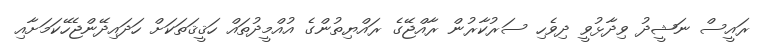
ރައީސް ނަޝީދު ވިދާޅުވީ ދިވެހި ސަރުކާރުން ރާއްޖޭގެ ރައްޔިތުންގެ އުއްމީދުތައް ހަޤީޤަތަކަށް ހަދައިދޭންޖެހޭކަމަށާއި